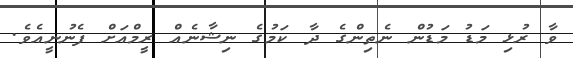
ވާ ރުޅި މަޑު މަޑުން ނެތިންގެ ދާ ކަމުގެ ނިޝާނެއް ރީމްއަށް ފެނުނީއެވެ.